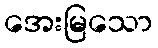
အေးမြသော